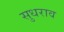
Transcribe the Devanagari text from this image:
सुधराव